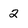
Character: 2